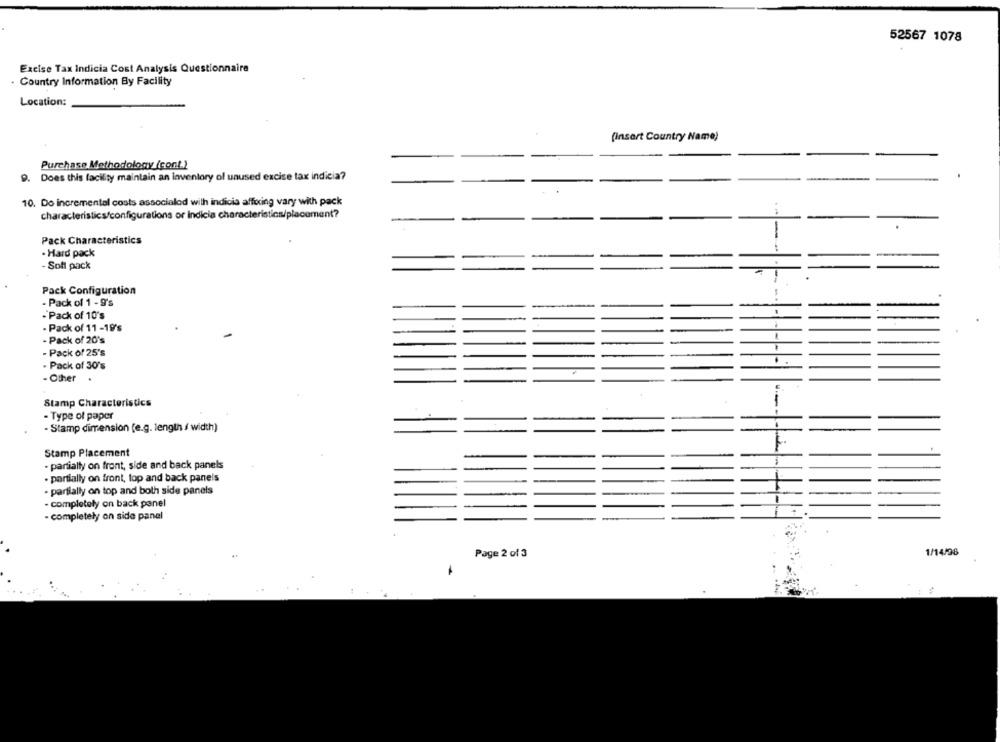
52567 1078
Excise Tax Indicia Cost Analysis Questionnaire
Country Information By Facility
Location:
(Insert Country Name)
Purchase Methodology (cont.)
9. Does this facility maintain an inventory of unused excise tax indicia?
10. Do incremental costs associalod with indicia afforing vary with pack
characteristics/configurations or Indicia characteristics/placement?
-
-
Pack Characteristics
· Hard pack
Sofi pack
Pack Configuration
- Pack of 1 - 9's
- Pack of 10's
- Pack of 11 -19's
- Pack of 20's
- Pack of 25's
- Pack of 30's
- Other .
Stamp Characteristics
- Type of paper
- Stamp dimension (e.g. length / width)
Stamp Placement
- partially on front, side and back panels
· partially on front, top and back panels
- partially on top and both side panels
- completely on back panel
- completely on side panel
Page 2 of 3
1/14/28